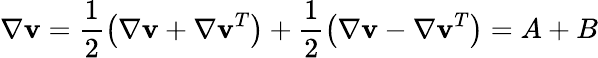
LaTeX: \nabla\mathbf{v}=\frac{{1}}{{2}}\left({\nabla\mathbf{v}+\nabla\mathbf{v}^{T}}\right)+\frac{{1}}{{2}}\left({\nabla\mathbf{v}-\nabla\mathbf{v}^{T}}\right)=A+B